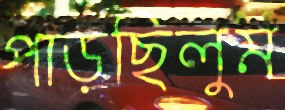
পাড়ছিলুম